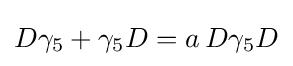
D\gamma _{5}+\gamma _{5}D=a\,D\gamma _{5}D